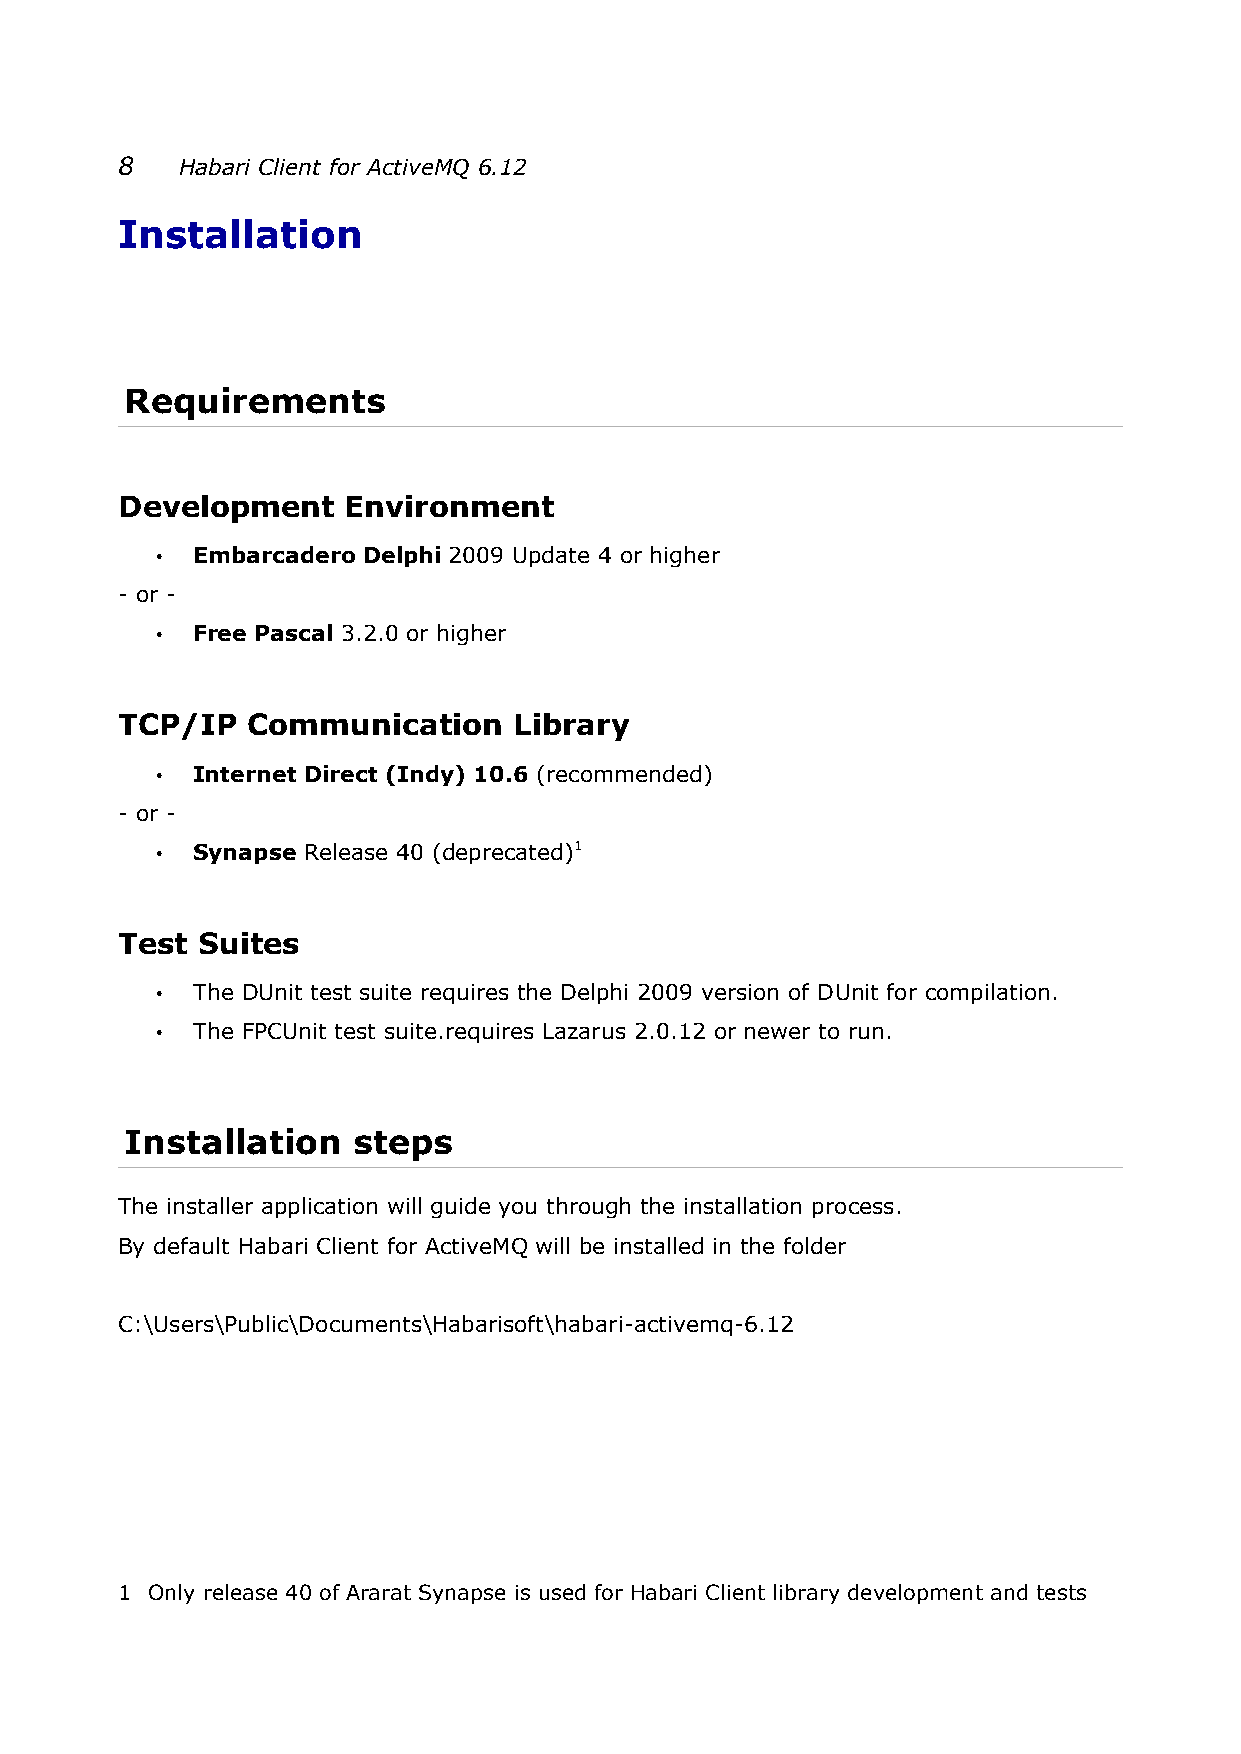
8   Habari Client for ActiveMQ 6.12
 Installation
 Requirements
 Development    Environment
 •  Embarcadero Delphi 2009 Update 4 or higher
 - or -
 •  Free Pascal 3.2.0 or higher
 TCP/IP  Communication     Library
 •  Internet Direct (Indy) 10.6 (recommended)
 - or -
 •  Synapse Release 40 (deprecated)1
 Test Suites
 •  The DUnit test suite requires the Delphi 2009 version of DUnit for compilation.
 •  The FPCUnit test suite.requires Lazarus 2.0.12 or newer to run.
 Installation   steps
 The installer application will guide you through the installation process.
 By default Habari Client for ActiveMQ will be installed in the folder
 C:\Users\Public\Documents\Habarisoft\habari-activemq-6.12
 1 Only release 40 of Ararat Synapse is used for Habari Client library development and tests